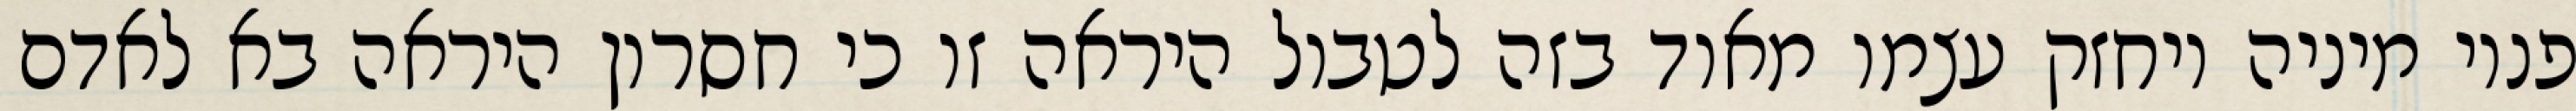
פנוי מיניה ויחזק עצמו מאוד בזה לטבול היראה זו כי חסרון היראה בא לאדם